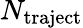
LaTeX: N_{\mathrm{traject}}